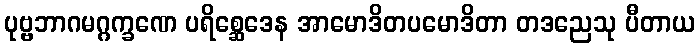
ပုဗ္ဗဘာဂမဂ္ဂက္ခဏေ ပရိစ္ဆေဒေန အာမောဒိတပမောဒိတာ တဒညေသု ပီတာယ